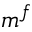
m ^ { f }